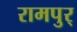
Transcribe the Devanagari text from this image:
रामपुर्